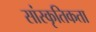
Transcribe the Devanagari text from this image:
सांस्कृतिकता